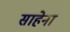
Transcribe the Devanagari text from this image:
साहेना